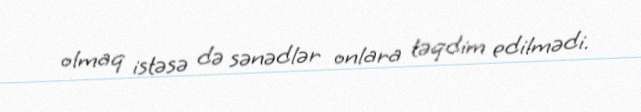
olmaq istəsə də sənədlər onlara təqdim edilmədi.